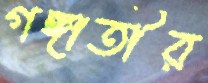
গঙ্গাতীর